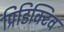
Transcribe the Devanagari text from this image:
प्रिडिक्टिव